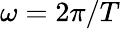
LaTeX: \omega=2\pi/T